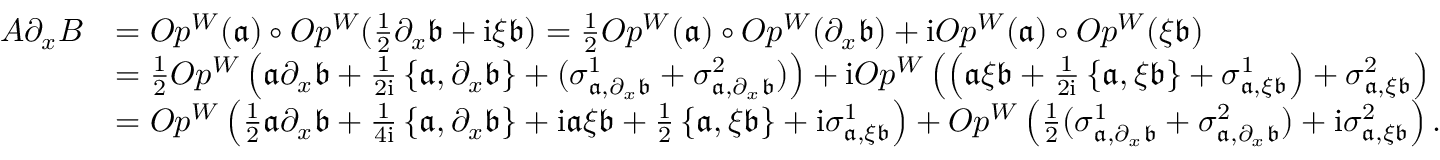
\begin{array} { r l } { A \partial _ { x } B } & { = O p ^ { W } ( \mathfrak { a } ) \circ O p ^ { W } ( \frac { 1 } { 2 } \partial _ { x } \mathfrak { b } + \mathrm { i } \xi \mathfrak { b } ) = \frac { 1 } { 2 } O p ^ { W } ( \mathfrak { a } ) \circ O p ^ { W } ( \partial _ { x } \mathfrak { b } ) + \mathrm { i } O p ^ { W } ( \mathfrak { a } ) \circ O p ^ { W } ( \mathfrak { \xi \mathfrak { b } } ) } \\ & { = \frac { 1 } { 2 } O p ^ { W } \left( \mathfrak { a } \partial _ { x } \mathfrak { b } + \frac { 1 } { 2 \mathrm { i } } \left\{ \mathfrak { a } , \partial _ { x } \mathfrak { b } \right\} + ( \sigma _ { \mathfrak { a } , \partial _ { x } \mathfrak { b } } ^ { 1 } + \sigma _ { \mathfrak { a } , \partial _ { x } \mathfrak { b } } ^ { 2 } ) \right) + \mathrm { i } O p ^ { W } \left( \left( \mathfrak { a } \xi \mathfrak { b } + \frac { 1 } { 2 \mathrm { i } } \left\{ \mathfrak { a } , \xi \mathfrak { b } \right\} + \sigma _ { \mathfrak { a } , \xi \mathfrak { b } } ^ { 1 } \right) + \sigma _ { \mathfrak { a } , \xi \mathfrak { b } } ^ { 2 } \right) } \\ & { = O p ^ { W } \left( \frac { 1 } { 2 } \mathfrak { a } \partial _ { x } \mathfrak { b } + \frac { 1 } { 4 \mathrm { i } } \left\{ \mathfrak { a } , \partial _ { x } \mathfrak { b } \right\} + \mathrm { i } \mathfrak { a } \xi \mathfrak { b } + \frac { 1 } { 2 } \left\{ \mathfrak { a } , \xi \mathfrak { b } \right\} + \mathrm { i } \sigma _ { \mathfrak { a } , \xi \mathfrak { b } } ^ { 1 } \right) + O p ^ { W } \left( \frac { 1 } { 2 } ( \sigma _ { \mathfrak { a } , \partial _ { x } \mathfrak { b } } ^ { 1 } + \sigma _ { \mathfrak { a } , \partial _ { x } \mathfrak { b } } ^ { 2 } ) + \mathrm { i } \sigma _ { \mathfrak { a } , \xi \mathfrak { b } } ^ { 2 } \right) . } \end{array}